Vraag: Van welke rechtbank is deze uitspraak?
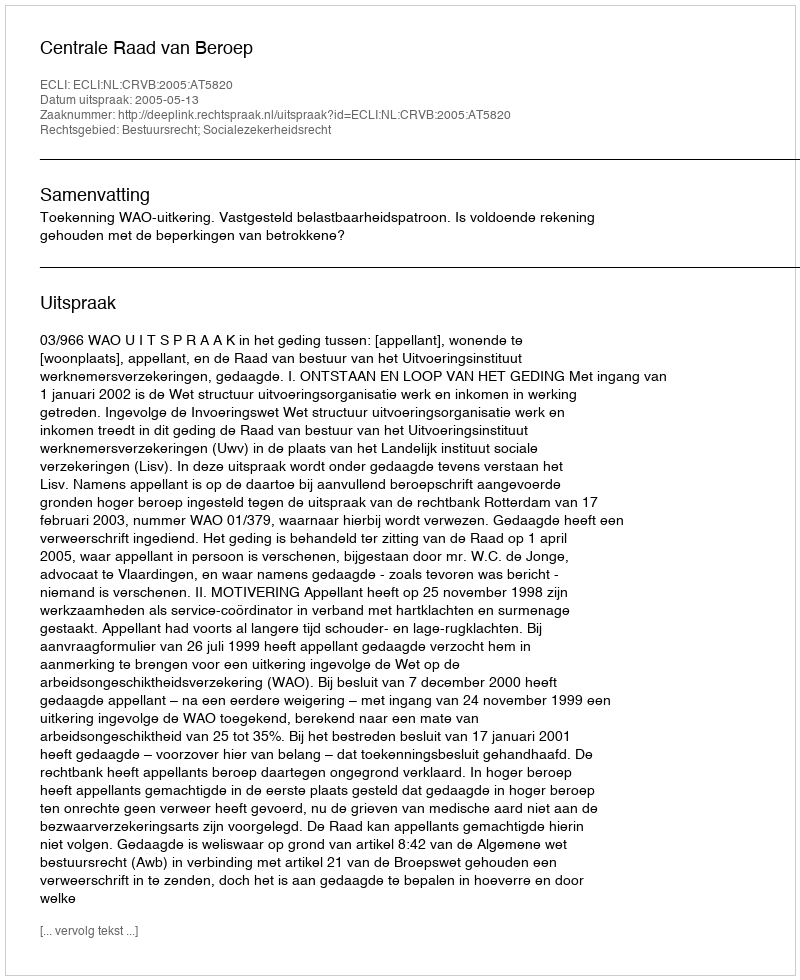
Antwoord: Centrale Raad van Beroep